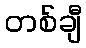
တစ်ချီ